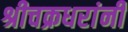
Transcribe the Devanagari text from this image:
श्रीचक्रधरांनी